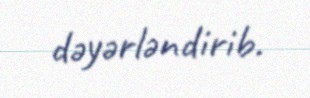
dəyərləndirib.